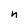
Character: n